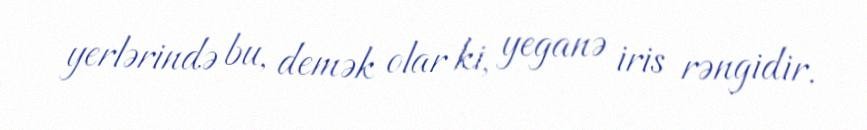
yerlərində bu, demək olar ki, yeganə iris rəngidir.